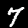
Label: 7